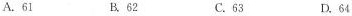
A.61 B.62 C.63 D.64